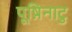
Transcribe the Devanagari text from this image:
पूष़िनाटु